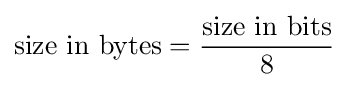
{\text{size in bytes}}={\frac {\text{size in bits}}{8}}